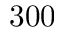
3 0 0